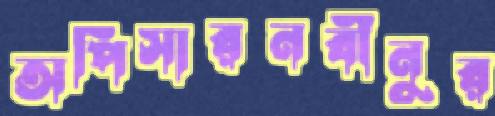
অপিসারনবীনুর